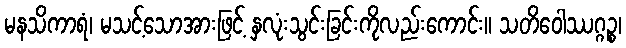
မနသိကာရံ၊ မသင့်သောအားဖြင့် နှလုံးသွင်းခြင်းကိုလည်းကောင်း။ သတိဝေါဿဂ္ဂဉ္စ၊